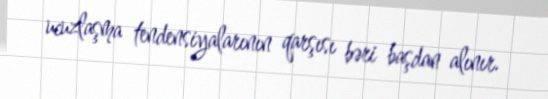
ucuzlaşma tendensiyalarının qarşısı bəri başdan alınır.